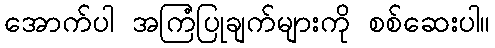
အောက်ပါ အကြံပြုချက်များကို စစ်ဆေးပါ။